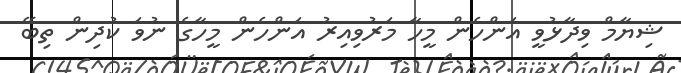
ޝިޔާމް ވިދާޅުވީ އަންހެން މީހާ މަރުވިއިރު އަންހެން މީހާގެ ނުވަ ކުދިން ތިބޭ